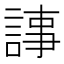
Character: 𧨴